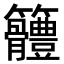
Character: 𥸠